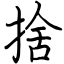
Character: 捨